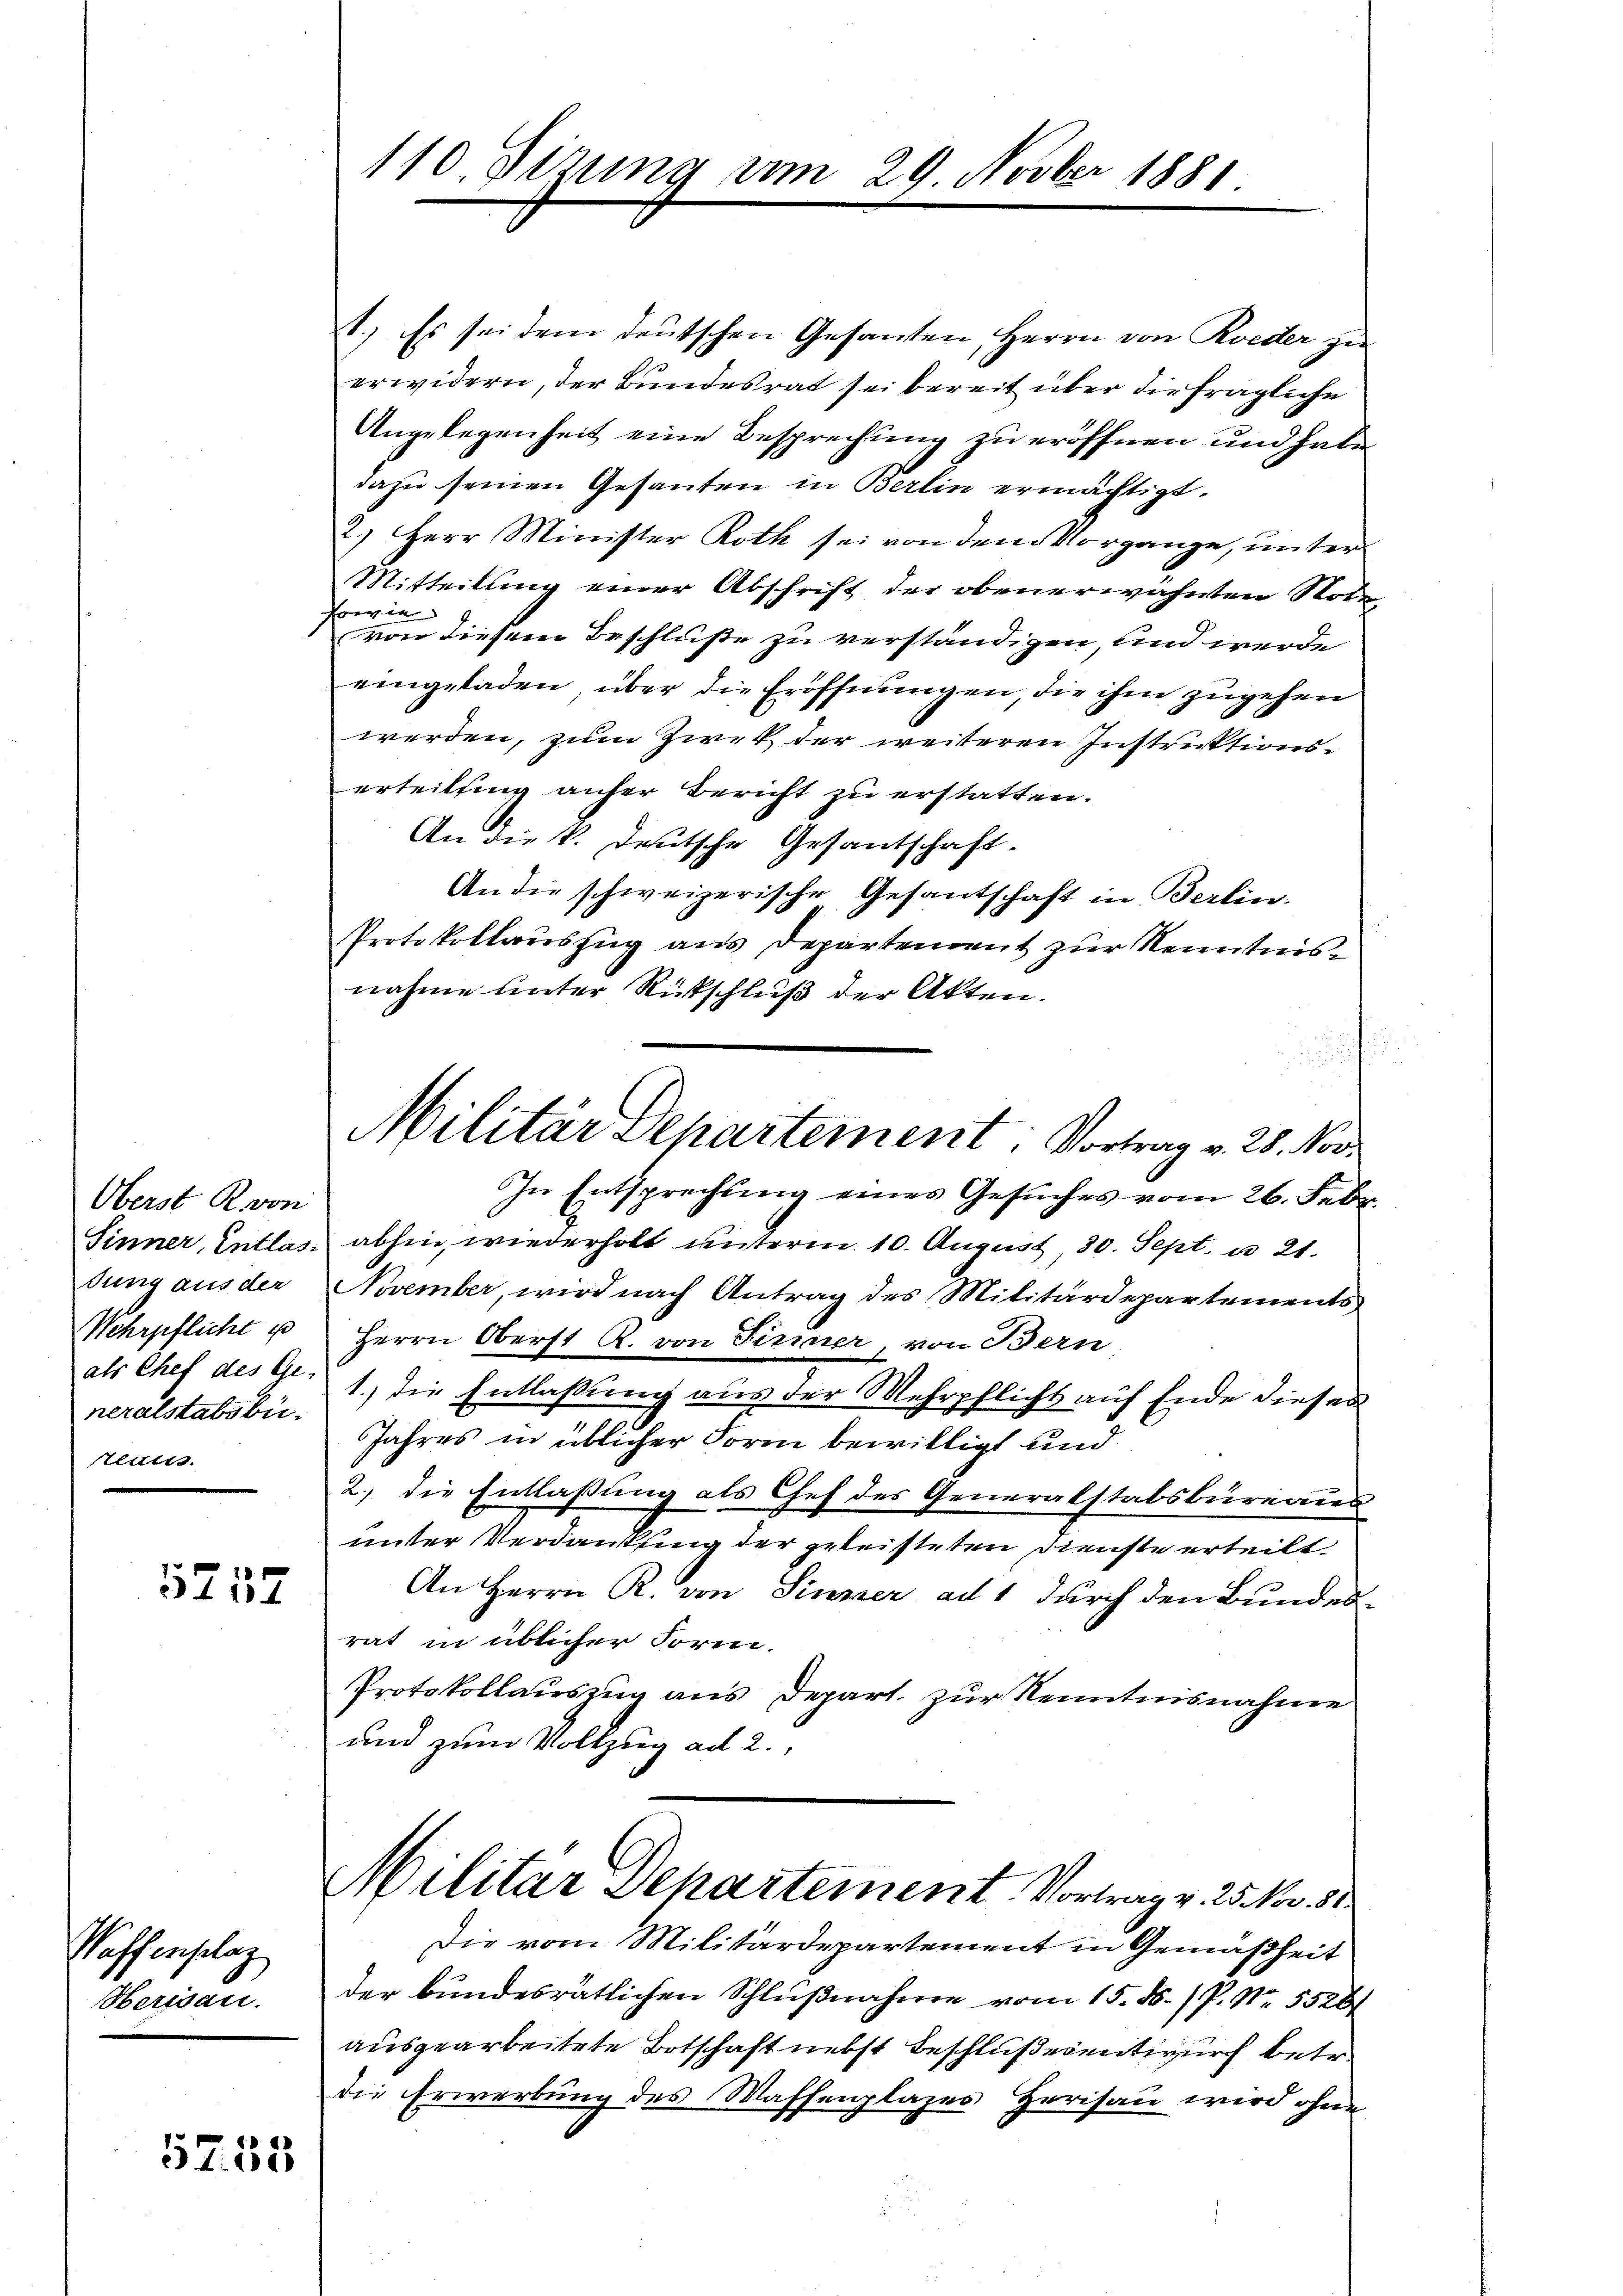
Oberst R. von
Sinner, Entlasdung aus der
Wehrpflicht u
als Chef des Ge
neralstabsbü-
seien.

5757

Waffenplaz
berisau.

157. 53

110. Sitzung vom 29. Novber 1881

1.) Es sei dem deutschen Gesanten, Herrn von Roeder zu
erwidern, der Bundesrat sei bereit über die fragliche
Angelegenheit eine Besprechung zu eröffnen und habe
dazu seinen Gesanten in Berlin ermächtigt.
2.) Herr Minister Roth sei von dem Vorgange, unter
Mitteilung einer Abschrift der obenerwähnten Nota¬
Erwie
von diesem Beschluße zu verständigen, und werde
eengeladen, über die Eröffnungen, die ihm zugehen
werden, zum Zwek der weiteren Instruktionserteilsing anher Bericht zu erstatten.
An die k. Deutsche Gesantschaft.
An die schweizerische Gesantschaft in Berlin.
Protokollauszug aus Departement zur Kenntnisnahme unter Rückschluß der Akten.
In Entsprechŭng eines Gesŭches vom 26. Febr.
abhin, wiederholt unterm 10. August, 30. Sept. u 21.
November, wird nach Antrag des Militärdepartements
Herrn Oberst R. von Firmer, von Bern
1.) Die Entlassung aus der Mehrpflicht auf Ende dieses
Jahres in üblicher Form bewilligt und
2.) die Entlassung als Chef des Generalstabsbureaus
unter Verdankung der geleisteten Dienste erteilt
An Herrn R. von Sinner ad 1 durch den Bundesrat in üblicher Form.
Protokollauszug aus Depart. zur Kenntnisnahme
und zum Vollzug ad 2.,
Militar Separtement. Vortrag v. 25. Nov. 81
Die vom Militärdepartement in Gemäßheit
der bundesrätlichen Schlußnahme vom 15. ds. / P. Nr. 5526
ausgearbeitete Botschaft nebst Beschlußesentwurf betr.
die Erwerbung des Waffenplates Herisau wird ohne

Militär Departement: Vortrag v. 28. Nov.